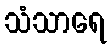
သံသာရေ